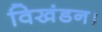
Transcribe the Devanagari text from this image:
विखंडन।